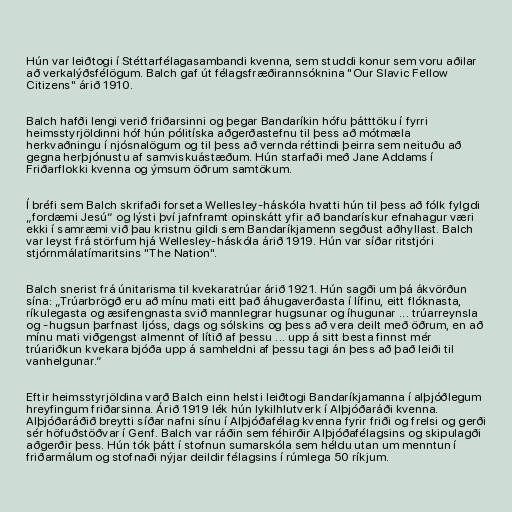
Hún var leiðtogi í Stéttarfélagasambandi kvenna, sem studdi konur sem voru aðilar
að verkalýðsfélögum. Balch gaf út félagsfræðirannsóknina "Our Slavic Fellow
Citizens" árið 1910.

Balch hafði lengi verið friðarsinni og þegar Bandaríkin hófu þátttöku í fyrri
heimsstyrjöldinni hóf hún pólitíska aðgerðastefnu til þess að mótmæla
herkvaðningu í njósnalögum og til þess að vernda réttindi þeirra sem neituðu að
gegna herþjónustu af samviskuástæðum. Hún starfaði með Jane Addams í
Friðarflokki kvenna og ýmsum öðrum samtökum.

Í bréfi sem Balch skrifaði forseta Wellesley-háskóla hvatti hún til þess að fólk fylgdi
„fordæmi Jesú“ og lýsti því jafnframt opinskátt yfir að bandarískur efnahagur væri
ekki í samræmi við þau kristnu gildi sem Bandaríkjamenn segðust aðhyllast. Balch
var leyst frá störfum hjá Wellesley-háskóla árið 1919. Hún var síðar ritstjóri
stjórnmálatímaritsins "The Nation".

Balch snerist frá únitarisma til kvekaratrúar árið 1921. Hún sagði um þá ákvörðun
sína: „Trúarbrögð eru að mínu mati eitt það áhugaverðasta í lífinu, eitt flóknasta,
ríkulegasta og æsifengnasta svið mannlegrar hugsunar og íhugunar ... trúarreynsla
og -hugsun þarfnast ljóss, dags og sólskins og þess að vera deilt með öðrum, en að
mínu mati viðgengst almennt of lítið af þessu ... upp á sitt besta finnst mér
trúariðkun kvekara bjóða upp á samheldni af þessu tagi án þess að það leiði til
vanhelgunar.“

Eftir heimsstyrjöldina varð Balch einn helsti leiðtogi Bandaríkjamanna í alþjóðlegum
hreyfingum friðarsinna. Árið 1919 lék hún lykilhlutverk í Alþjóðaráði kvenna.
Alþjóðaráðið breytti síðar nafni sínu í Alþjóðafélag kvenna fyrir friði og frelsi og gerði
sér höfuðstöðvar í Genf. Balch var ráðin sem féhirðir Alþjóðafélagsins og skipulagði
aðgerðir þess. Hún tók þátt í stofnun sumarskóla sem héldu utan um menntun í
friðarmálum og stofnaði nýjar deildir félagsins í rúmlega 50 ríkjum.